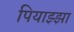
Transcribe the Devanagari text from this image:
पियाझ्झा